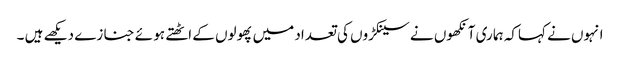
انہوں نے کہاکہ ہما ری آنکھوں نے سینکڑوں کی تعداد میں پھولوں کے اٹھتے ہو ئے جنا زے دیکھے ہیں ۔